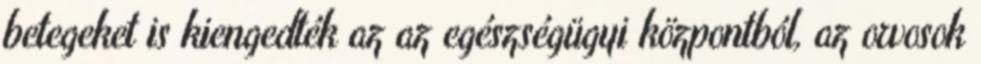
betegeket is kiengedték az az egészségügyi központból, az orvosok